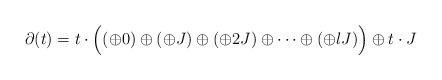
LaTeX: \begin{align*}\partial(t)=t\cdot\Big((\oplus 0)\oplus(\oplus J)\oplus(\oplus 2 J)\oplus\dots\oplus(\oplus l J)\Big)\oplus t\cdot J\end{align*}